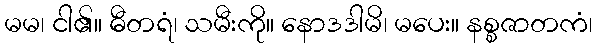
မမ၊ ငါ၏။ ဓီတရံ၊ သမီးကို။ နောဒဒါမိ၊ မပေး။ နစ္စဇာတကံ၊